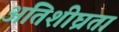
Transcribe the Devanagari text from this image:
अतिशीघ्रता